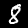
Digit: 8